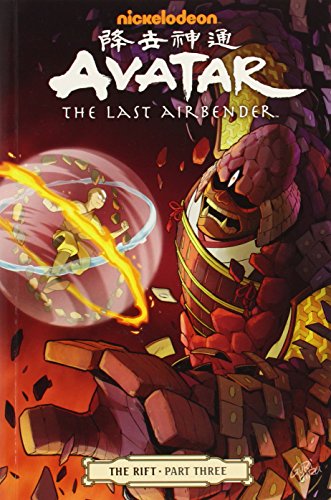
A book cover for Avatar: The Last Airbender - The Rift Part 3; Gene Luen Yang; Comics & Graphic Novels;